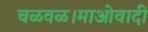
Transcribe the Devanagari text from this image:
चळवळ।माओवादी